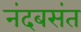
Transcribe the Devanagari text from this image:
नंदबसंत